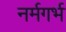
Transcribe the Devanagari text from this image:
नर्मगर्भ